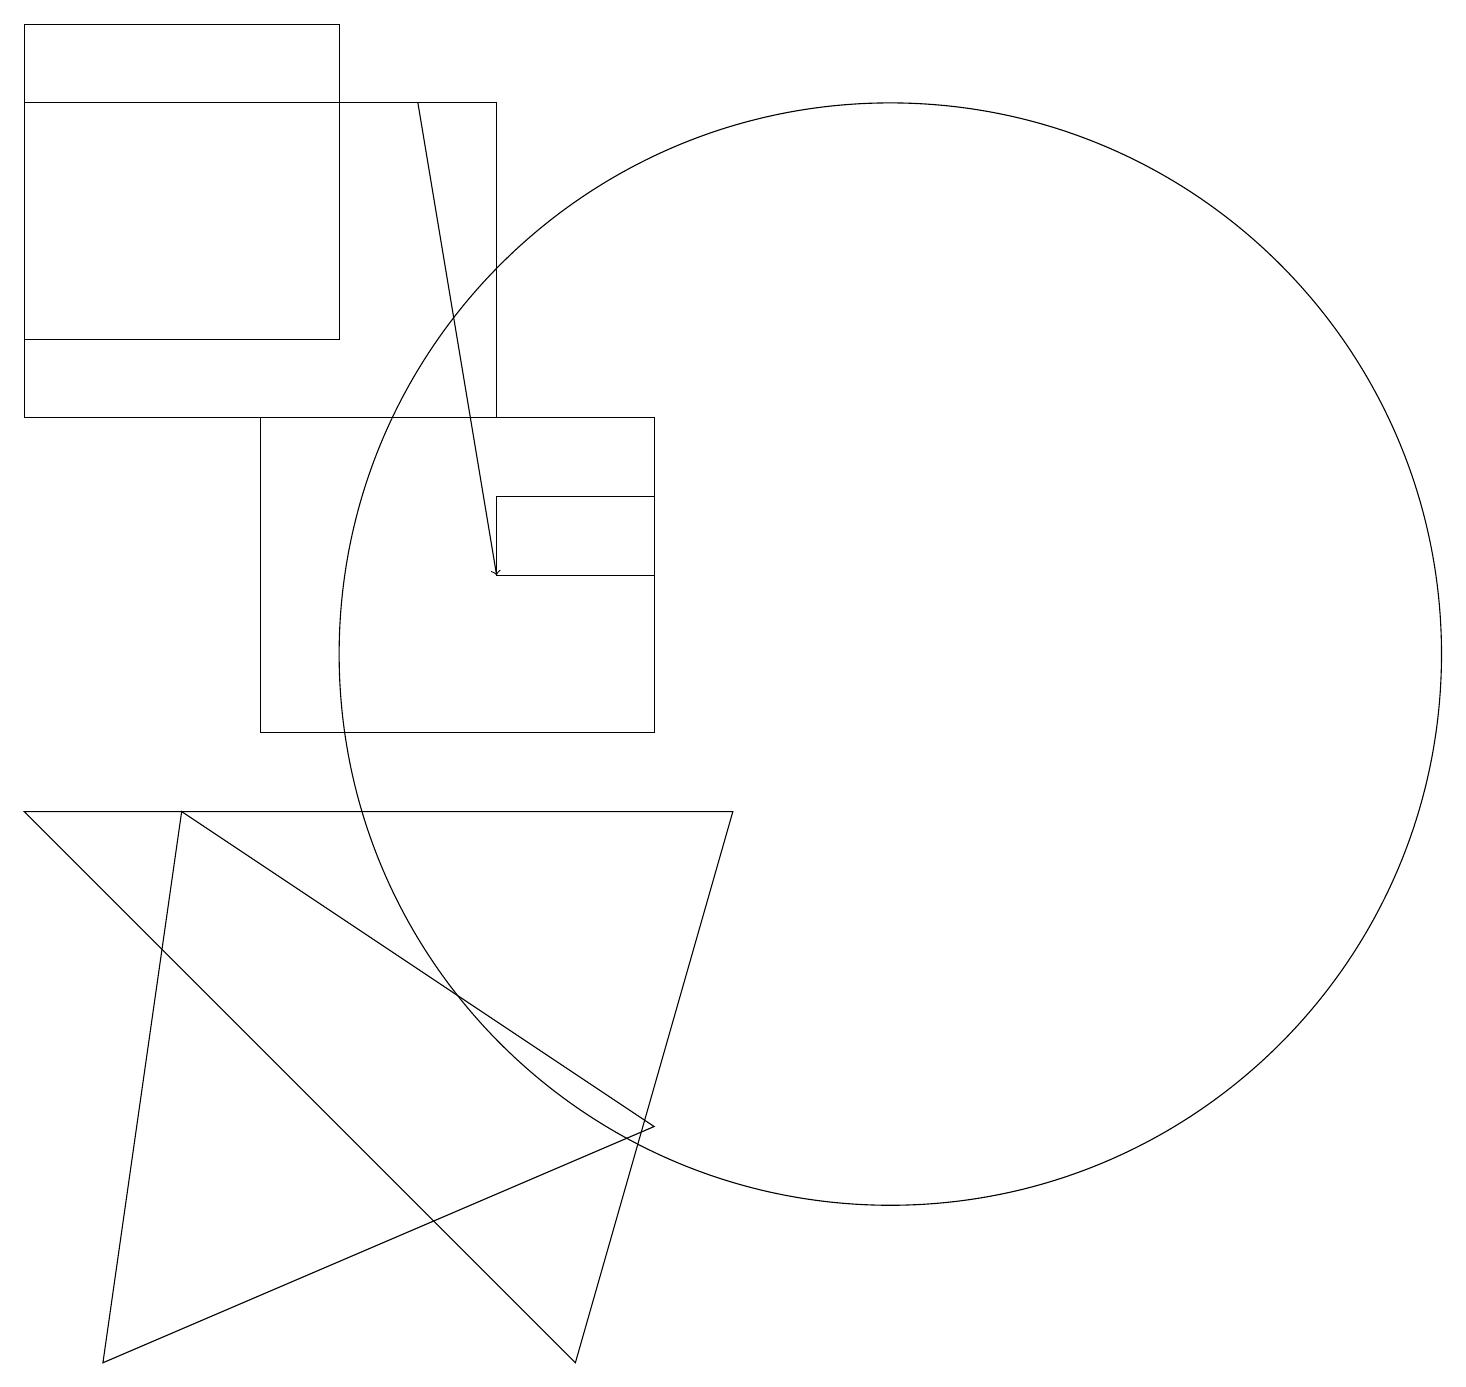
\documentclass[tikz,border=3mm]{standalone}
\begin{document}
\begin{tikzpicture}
\draw (0,14) rectangle (6,18);
\draw (7,2) -- (9,9) -- (0,9) -- cycle;
\draw (0,15) rectangle (4,19);
\draw (11,11) circle (7);
\draw (8,5) -- (1,2) -- (2,9) -- cycle;
\draw (6,13) rectangle (8,12);
\draw (3,14) rectangle (8,10);
\draw[->] (5,18) -- (6,12);
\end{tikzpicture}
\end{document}